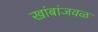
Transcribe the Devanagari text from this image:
खांबांजवळ